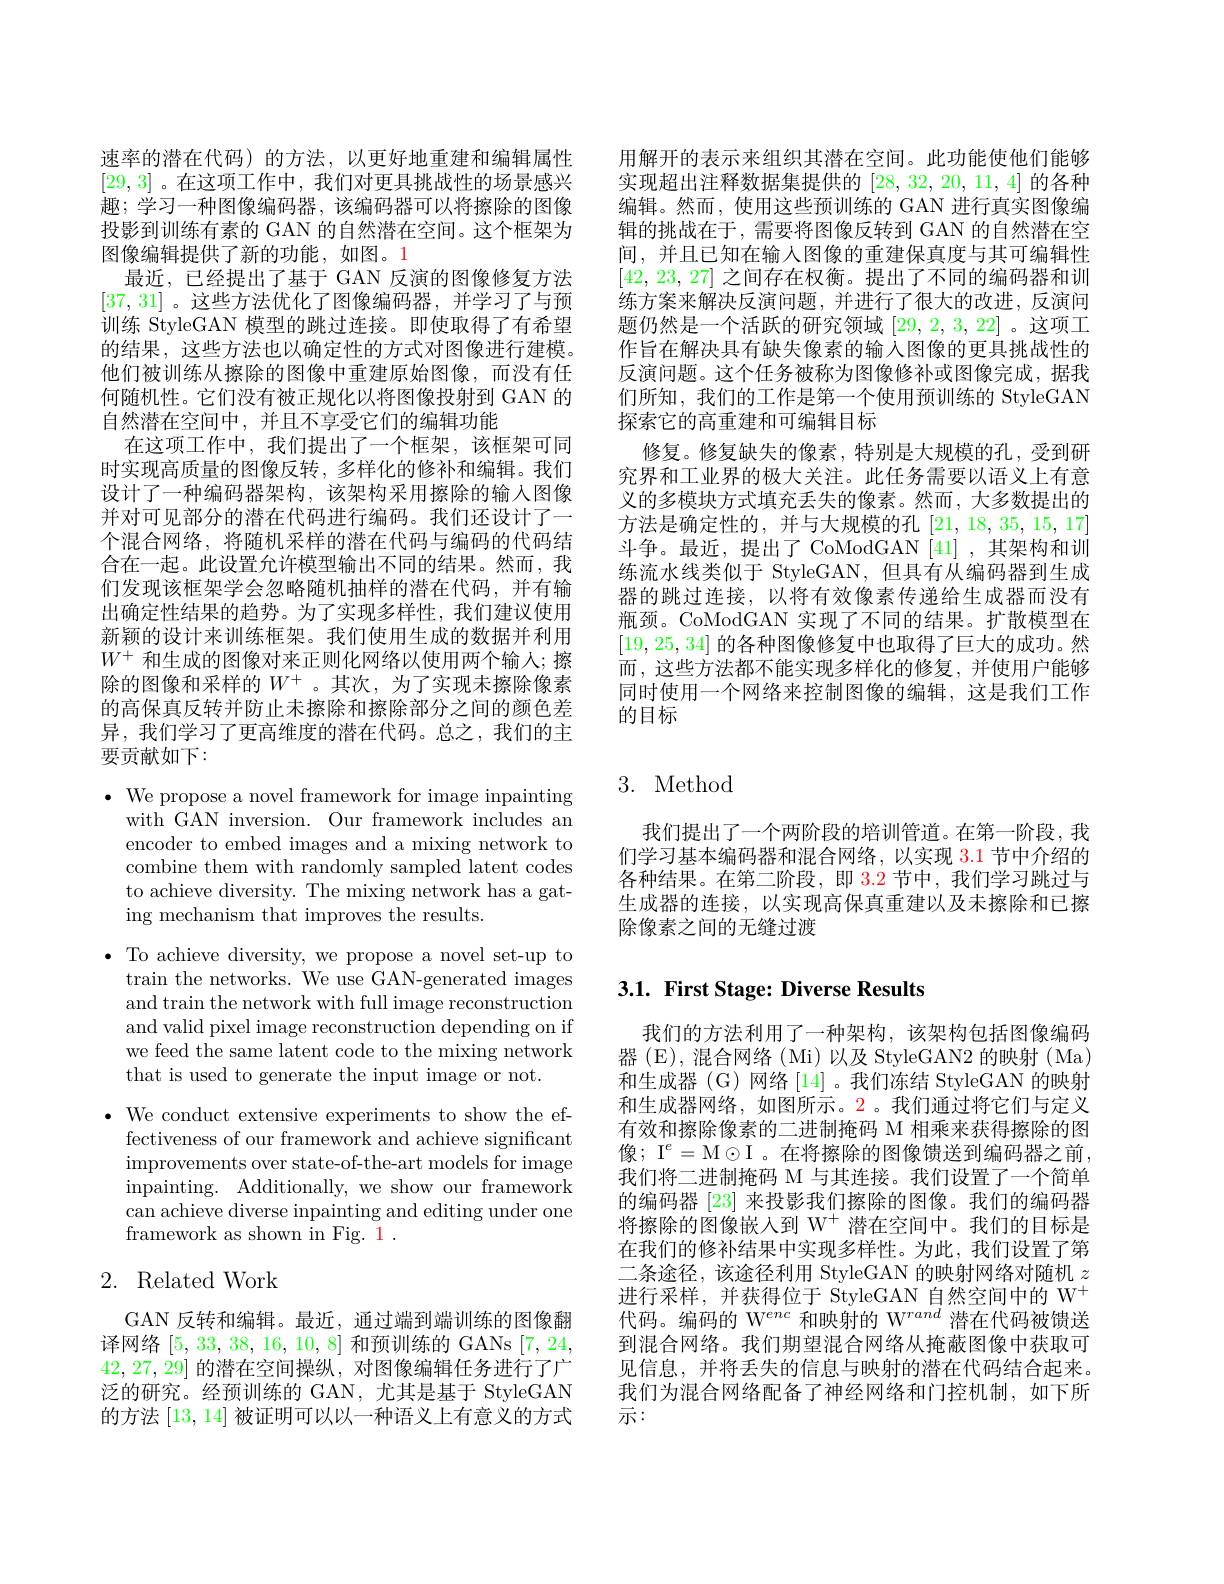
速率的潜在代码)的方法，以更好地重建和编辑属性[29,3]。在这项工作中，我们对更具挑战性的场景感兴趣；学习一种图像编码器，该编码器可以将擦除的图像投影到训练有素的 GAN 的自然潜在空间。这个框架为图像编辑提供了新的功能，如图。1
最近，已经提出了基于 GAN 反演的图像修复方法[37,31] 。这些方法优化了图像编码器，并学习了与预训练 StyleGAN 模型的跳过连接。即使取得了有希望的结果，这些方法也以确定性的方式对图像进行建模。他们被训练从擦除的图像中重建原始图像，而没有任何随机性。它们没有被正规化以将图像投射到 GAN 的自然潜在空间中，并且不享受它们的编辑功能
在这项工作中，我们提出了一个框架，该框架可同时实现高质量的图像反转，多样化的修补和编辑。我们设计了一种编码器架构，该架构采用擦除的输入图像并对可见部分的潜在代码进行编码。我们还设计了一个混合网络，将随机采样的潜在代码与编码的代码结合在一起。此设置允许模型输出不同的结果。然而，我们发现该框架学会忽略随机抽样的潜在代码，并有输出确定性结果的趋势。为了实现多样性，我们建议使用新颖的设计来训练框架。我们使用生成的数据并利用$W^+$和生成的图像对来正则化网络以使用两个输入；擦除的图像和采样的$W^+$ 。其次，为了实现未擦除像素的高保真反转并防止未擦除和擦除部分之间的颜色差异，我们学习了更高维度的潜在代码。总之，我们的主要贡献如下：

$\bullet$ We propose a novel framework for image inpainting
with GAN inversion. Our framework includes an encoder to embed images and a mixing network to combine them with randomly sampled latent codes to achieve diversity. The mixing network has a gating mechanism that improves the results.

· To achieve diversity, we propose a novel set-up to
train the networks. We use GAN-generated images and train the network with full image reconstruction and valid pixel image reconstruction depending on if we feed the same latent code to the mixing network that is used to generate the input image or not.

$\bullet$ We conduct extensive experiments to show the ef-
fectiveness of our framework and achieve significant improvements over state-of-the-art models for image inpainting. Additionally, we show our framework can achieve diverse inpainting and editing under one framework as shown in Fig. 1 .

## 2. Related Work

GAN 反转和编辑。最近，通过端到端训练的图像翻译网络[5,33,38,16,10,8]和预训练的 GANs [7,24, 42,27,29]的潜在空间操纵，对图像编辑任务进行了广泛的研究。经预训练的 GAN, 尤其是基于 StyleGAN 的方法[13,14]被证明可以以一种语义上有意义的方式

用解开的表示来组织其潜在空间。此功能使他们能够实现超出注释数据集提供的[28,32,20,11,4]的各种编辑。然而，使用这些预训练的 GAN 进行真实图像编辑的挑战在于，需要将图像反转到 GAN 的自然潜在空间，并且已知在输入图像的重建保真度与其可编辑性[42, 23, 27]之间存在权衡。提出了不同的编码器和训练方案来解决反演问题，并进行了很大的改进，反演问题仍然是一个活跃的研究领域[29,2,3,22] 。这项工作旨在解决具有缺失像素的输入图像的更具挑战性的反演问题。这个任务被称为图像修补或图像完成，据我们所知，我们的工作是第一个使用预训练的 StyleGAN 探索它的高重建和可编辑目标
修复。修复缺失的像素，特别是大规模的孔，受到研究界和工业界的极大关注。此任务需要以语义上有意义的多模块方式填充丢失的像素。然而，大多数提出的方法是确定性的，并与大规模的孔[21,18,35,15,17] 斗争。最近，提出了 CoModGAN[41] ,其架构和训练流水线类似于 StyleGAN,但具有从编码器到生成器的跳过连接，以将有效像素传递给生成器而没有瓶颈。CoModGAN 实现了不同的结果。扩散模型在[19,25,34]的各种图像修复中也取得了巨大的成功。然而 , 这些方法都不能实现多样化的修复，并使用户能够同时使用一个网络来控制图像的编辑，这是我们工作的目标

# 3. Method

我们提出了一个两阶段的培训管道。在第一阶段，我们学习基本编码器和混合网络，以实现 3.1 节中介绍的各种结果。在第二阶段，即 3.2 节中，我们学习跳过与生成器的连接，以实现高保真重建以及未擦除和已擦除像素之间的无缝过渡

# 3.1. First Stage: Diverse Results

我们的方法利用了一种架构，该架构包括图像编码器 (E),混合网络 (Mi) 以及 StyleGAN2 的映射 (Ma) 和生成器 (G) 网络 [14]。我们冻结 StyleGAN 的映射和生成器网络，如图所示。2。我们通过将它们与定义有效和擦除像素的二进制掩码 M 相乘来获得擦除的图像$; \mathrm{~I}^e=$M$\odot$I 。在将擦除的图像馈送到编码器之前， 我们将二进制掩码 M 与其连接。我们设置了一个简单的编码器[23]来投影我们擦除的图像。我们的编码器将擦除的图像嵌入到 W$^+$潜在空间中。我们的目标是在我们的修补结果中实现多样性。为此，我们设置了第二条途径，该途径利用 StyleGAN 的映射网络对随机$z$ 进行采样，并获得位于 StyleGAN 自然空间中的 W$^{+}$ 代码。编码的 W$^{enc}$和映射的 W$^{rand}$潜在代码被馈送到混合网络。我们期望混合网络从掩蔽图像中获取可见信息，并将丢失的信息与映射的潜在代码结合起来。我们为混合网络配备了神经网络和门控机制，如下所示：